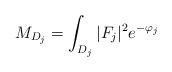
LaTeX: \begin{align*} M_{D_j}=\int_{D_j}|F_j|^2e^{-\varphi_j} \end{align*}